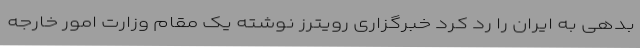
بدهی به ایران را رد کرد خبرگزاری رویترز نوشته یک مقام وزارت امور خارجه